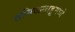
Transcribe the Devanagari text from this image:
तमिळमाडूमध्ये